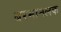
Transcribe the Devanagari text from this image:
बरमानलक